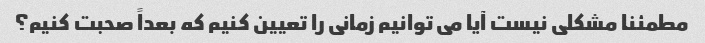
مطمئنا مشکلی نیست آیا می توانیم زمانی را تعیین کنیم که بعداً صحبت کنیم؟